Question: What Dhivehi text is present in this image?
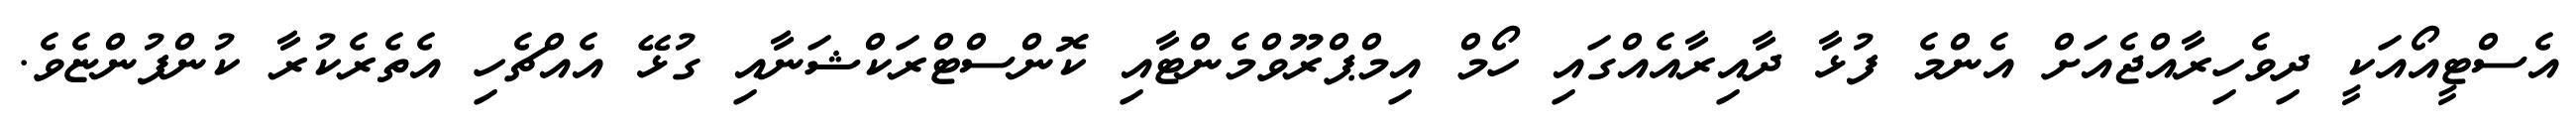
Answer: އެސްޓީއޯއަކީ ދިވެހިރާއްޖެއަށް އެންމެ ފުޅާ ދާއިރާއެއްގައި ހޯމް އިމްޕްރޫވްމެންޓާއި ކޮންސްޓްރަކްޝަނާއި ގުޅޭ އެއްޗެހި އެތެރެކުރާ ކުންފުންޏެވެ.